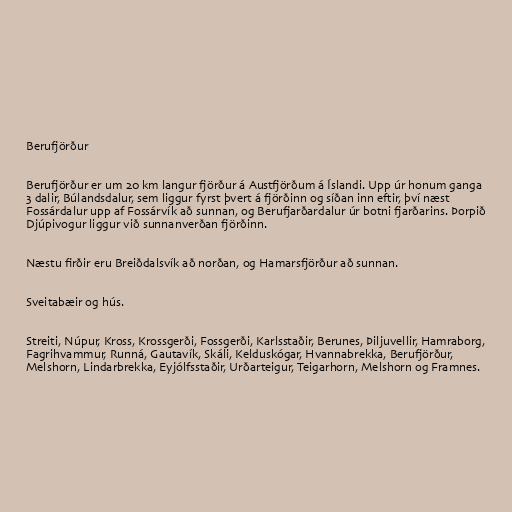
Berufjörður

Berufjörður er um 20 km langur fjörður á Austfjörðum á Íslandi. Upp úr honum ganga
3 dalir, Búlandsdalur, sem liggur fyrst þvert á fjörðinn og síðan inn eftir, því næst
Fossárdalur upp af Fossárvík að sunnan, og Berufjarðardalur úr botni fjarðarins. Þorpið
Djúpivogur liggur við sunnanverðan fjörðinn.

Næstu firðir eru Breiðdalsvík að norðan, og Hamarsfjörður að sunnan.

Sveitabæir og hús.

Streiti, Núpur, Kross, Krossgerði, Fossgerði, Karlsstaðir, Berunes, Þiljuvellir, Hamraborg,
Fagrihvammur, Runná, Gautavík, Skáli, Kelduskógar, Hvannabrekka, Berufjörður,
Melshorn, Lindarbrekka, Eyjólfsstaðir, Urðarteigur, Teigarhorn, Melshorn og Framnes.